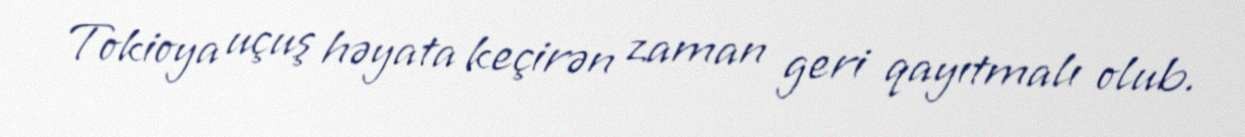
Tokioya uçuş həyata keçirən zaman geri qayıtmalı olub.